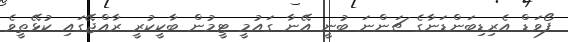
ފޯވަޑް އެރިޑިބަންޑަނާގެ ޗަންނަ ބުނީ އޭނާ ގައުމީ ޓީމުން ބާކީކުރީ ރާއްޖޭގައި ކުޅޭތީވެ